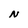
Character: N